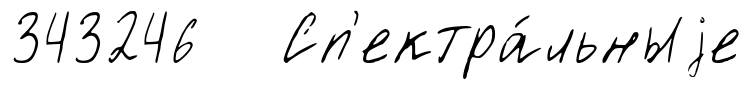
343246 Сп'ектра́льныjе